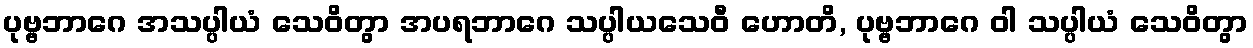
ပုဗ္ဗဘာဂေ အသပ္ပါယံ သေဝိတွာ အပရဘာဂေ သပ္ပါယသေဝီ ဟောတိ, ပုဗ္ဗဘာဂေ ဝါ သပ္ပါယံ သေဝိတွာ